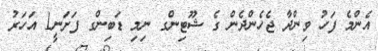
އެންމެ ފަހު ވިންދާ ޖެހެންދެން ގެ ޝޫޓިންގ ނިމި ޑަބިންގ ފަށަނީ1 އަހަރު